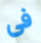
فى